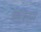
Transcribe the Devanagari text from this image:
बारबर्स